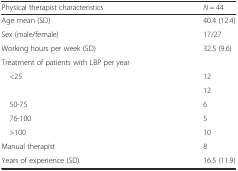
<table><thead><tr><td><b>Physical therapist characteristics</b></td><td><b><i>N</i> = 44</b></td></tr></thead><tbody><tr><td>Age mean (SD)</td><td>40.4 (12.4)</td></tr><tr><td>Sex (male/female)</td><td>17/27</td></tr><tr><td>Working hours per week (SD)</td><td>32.5 (9.6)</td></tr><tr><td>Treatment of patients with LBP per year</td><td>[EMPTY_CELL]</td></tr><tr><td> &lt;25</td><td>12</td></tr><tr><td>[EMPTY_CELL]</td><td>12</td></tr><tr><td> 50-75</td><td>6</td></tr><tr><td> 76-100</td><td>5</td></tr><tr><td> &gt;100</td><td>10</td></tr><tr><td>Manual therapist</td><td>8</td></tr><tr><td>Years of experience (SD)</td><td>16.5 (11.9)</td></tr></tbody></table>